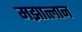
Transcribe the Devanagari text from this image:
मझात्लान